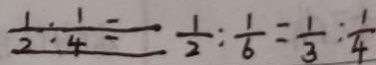
\frac { 1 } { 2 } : \frac { 1 } { 4 } = \frac { 1 } { 2 } : \frac { 1 } { 6 } = \frac { 1 } { 3 } : \frac { 1 } { 4 }